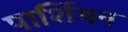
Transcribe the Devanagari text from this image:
पार्शियन